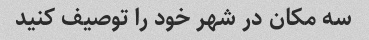
سه مکان در شهر خود را توصیف کنید